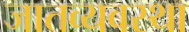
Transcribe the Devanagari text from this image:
जातव्यवस्था